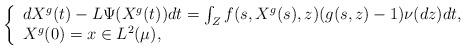
LaTeX: \begin{align*}\left\{ \begin{array}{ll} dX^g(t)-L\Psi(X^g(t))dt=\int_Zf(s,X^g(s),z)(g(s,z)-1)\nu(dz)dt, \\ X^g(0)=x\in L^2(\mu), \end{array}\right.\end{align*}